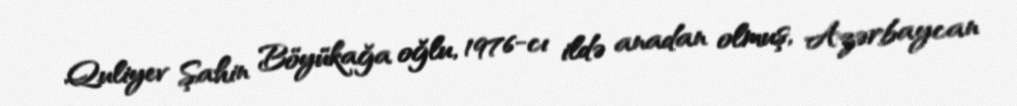
Quliyev Şahin Böyükağa oğlu, 1976-cı ildə anadan olmuş, Azərbaycan